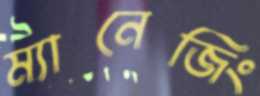
ম্যানেজিং